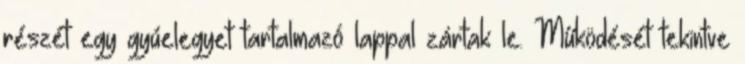
részét egy gyúelegyet tartalmazó lappal zártak le. Működését tekintve